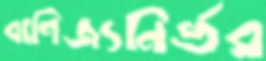
বাণিজ্যনির্ভর